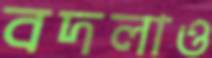
বদলাও